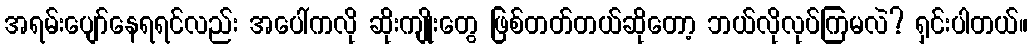
အရမ်းပျော်နေရရင်လည်း အပေါ်ကလို ဆိုးကျိုးတွေ ဖြစ်တတ်တယ်ဆိုတော့ ဘယ်လိုလုပ်ကြမလဲ? ရှင်းပါတယ်။